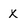
Character: x